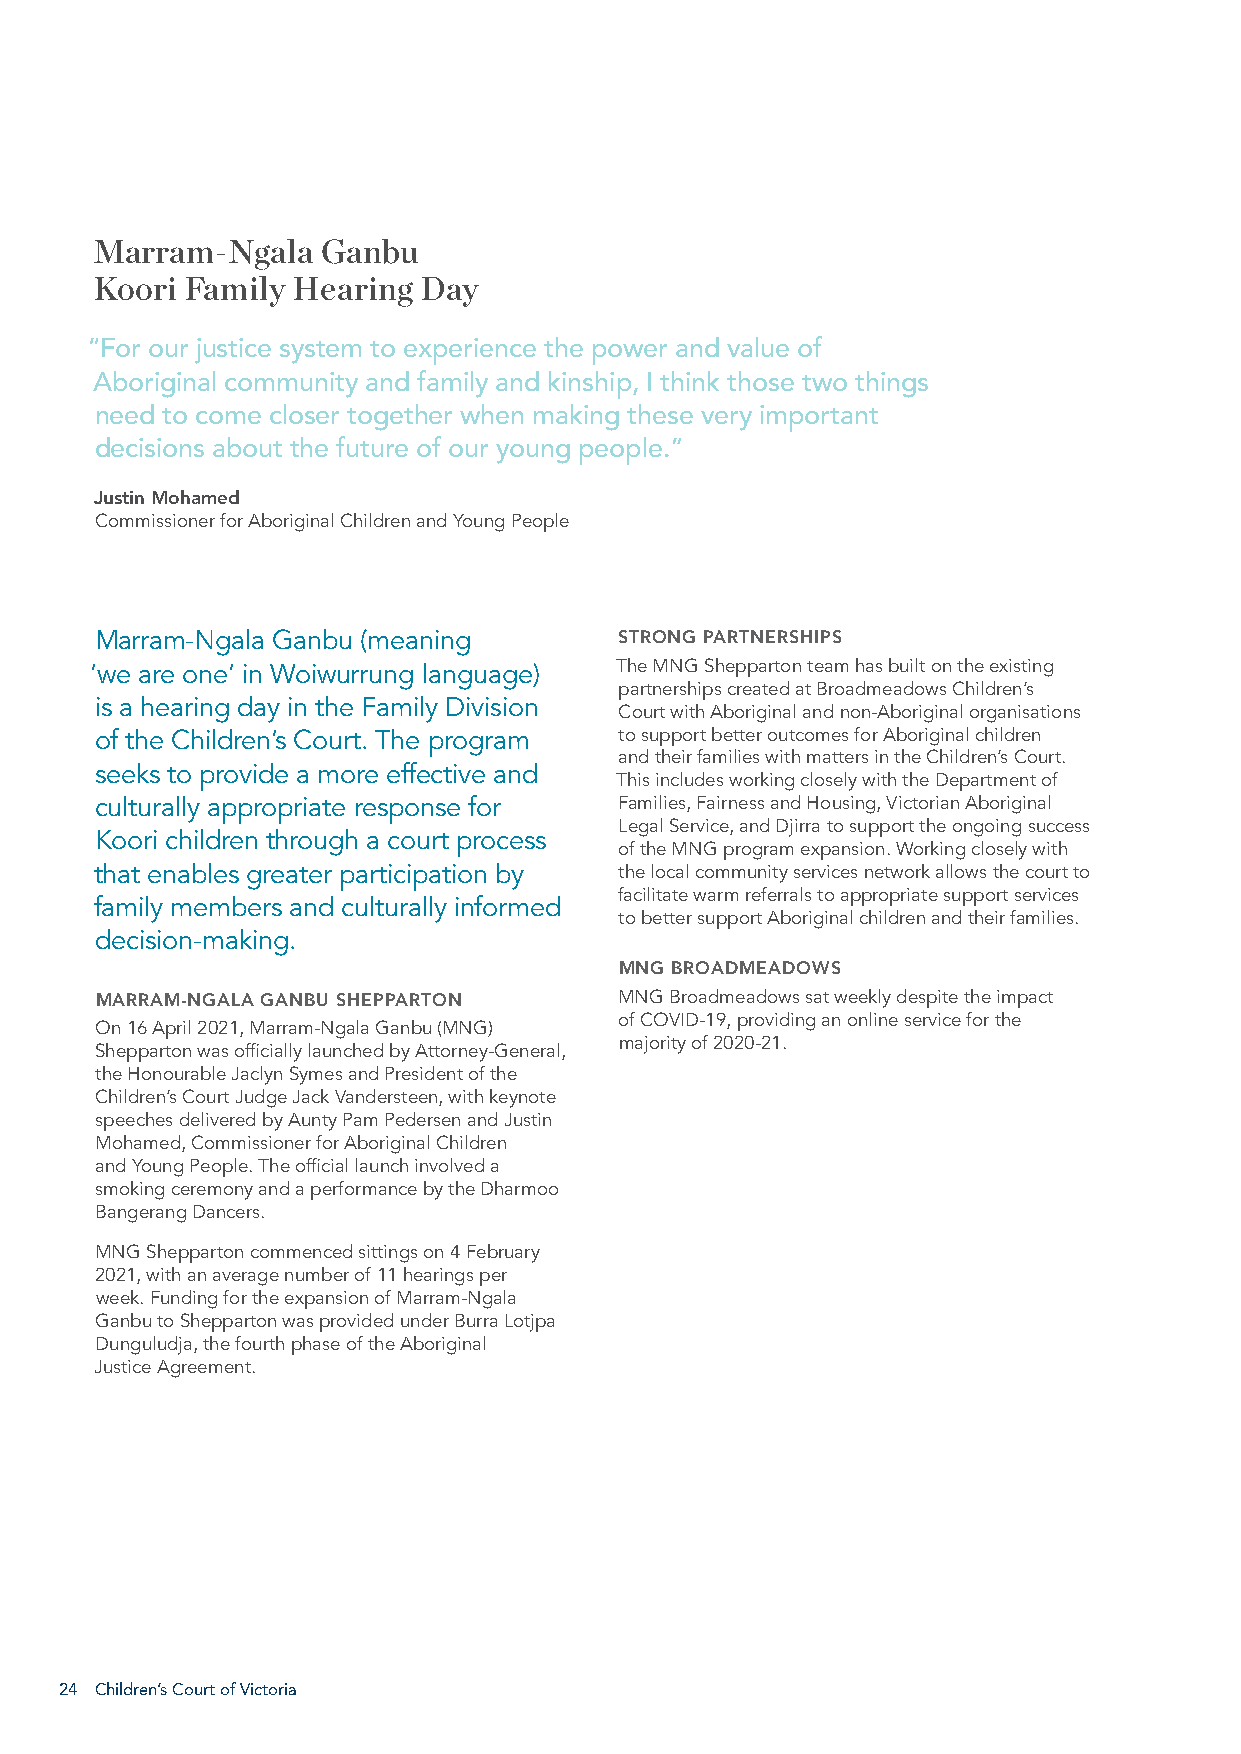
Marram-Ngala   Ganbu
 Koori Family Hearing  Day
 “For our justice system to experience the power and value of
 Aboriginal community and family and kinship, I think those two things
 need to come closer together when making these very important
 decisions about the future of our young people.”
 Justin Mohamed
 Commissioner for Aboriginal Children and Young People
 Marram-Ngala Ganbu (meaning        STRONG PARTNERSHIPS
 ‘we are one’ in Woiwurrung language) The MNG Shepparton team has built on the existing
 partnerships created at Broadmeadows Children’s
 is a hearing day in the Family Division
 Court with Aboriginal and non-Aboriginal organisations
 of the Children’s Court. The program to support better outcomes for Aboriginal children
 and their families with matters in the Children’s Court.
 seeks to provide a more effective and
 This includes working closely with the Department of
 culturally appropriate response for Families, Fairness and Housing, Victorian Aboriginal
 Legal Service, and Djirra to support the ongoing success
 Koori children through a court process
 of the MNG program expansion. Working closely with
 that enables greater participation by the local community services network allows the court to
 facilitate warm referrals to appropriate support services
 family members and culturally informed
 to better support Aboriginal children and their families.
 decision-making.
 MNG BROADMEADOWS
 MARRAM-NGALA GANBU SHEPPARTON      MNG Broadmeadows sat weekly despite the impact
 of COVID-19, providing an online service for the
 On 16 April 2021, Marram-Ngala Ganbu (MNG)
 majority of 2020-21.
 Shepparton was officially launched by Attorney-General,
 the Honourable Jaclyn Symes and President of the
 Children’s Court Judge Jack Vandersteen, with keynote
 speeches delivered by Aunty Pam Pedersen and Justin
 Mohamed, Commissioner for Aboriginal Children
 and Young People. The official launch involved a
 smoking ceremony and a performance by the Dharmoo
 Bangerang Dancers.
 MNG Shepparton commenced sittings on 4 February
 2021, with an average number of 11 hearings per
 week. Funding for the expansion of Marram-Ngala
 Ganbu to Shepparton was provided under Burra Lotjpa
 Dunguludja, the fourth phase of the Aboriginal
 Justice Agreement.
 24 Children’s Court of Victoria